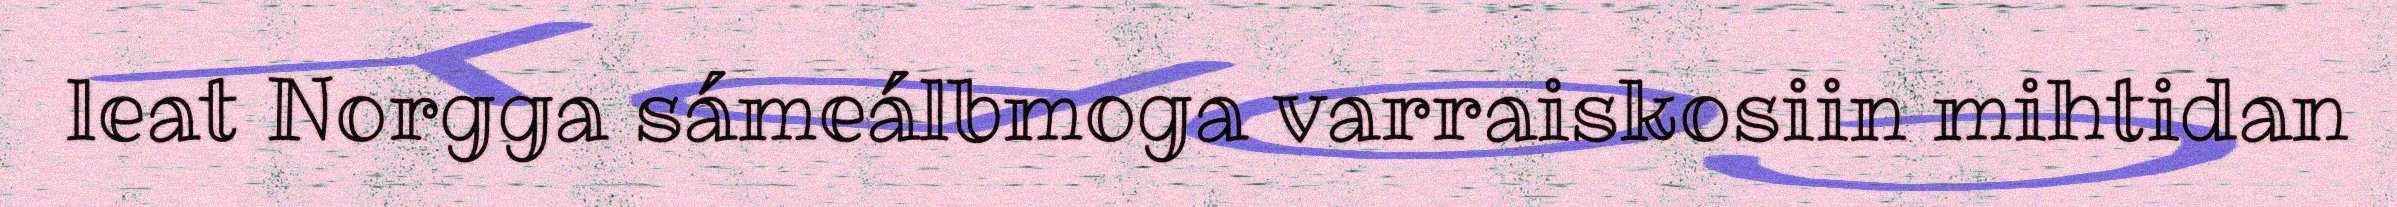
leat Norgga sámeálbmoga varraiskosiin mihtidan